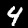
Label: 4